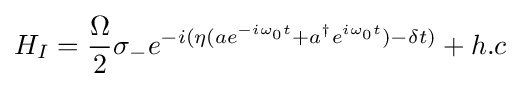
H_{I}={\frac {\Omega }{2}}\sigma _{-}e^{-i(\eta (ae^{-i\omega _{0}t}+a^{\dagger }e^{i\omega _{0}t})-\delta t)}+h.c